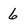
Character: 6